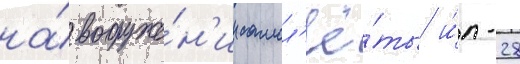
на́ вооруже́н'ии самол'ё́ты и́л-28